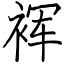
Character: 裈